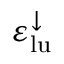
\varepsilon _ { \mathrm { l u } } ^ { \downarrow }